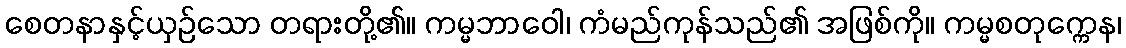
စေတနာနှင့်ယှဉ်သော တရားတို့၏။ ကမ္မဘာဝေါ၊ ကံမည်ကုန်သည်၏ အဖြစ်ကို။ ကမ္မစတုက္ကေန၊